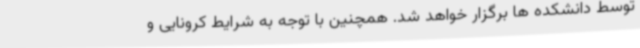
توسط دانشکده ها برگزار خواهد شد. همچنین با توجه به شرایط کرونایی و